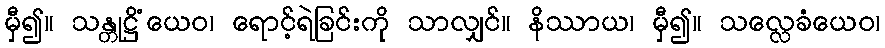
မှီ၍။ သန္တုဋ္ဌိံယေဝ၊ ရောင့်ရဲခြင်းကို သာလျှင်။ နိဿာယ၊ မှီ၍။ သလ္လေခံယေဝ၊